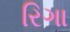
રિગા